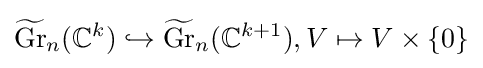
{\widetilde {\operatorname {Gr} }}_{n}(\mathbb {C} ^{k})\hookrightarrow {\widetilde {\operatorname {Gr} }}_{n}(\mathbb {C} ^{k+1}),V\mapsto V\times \{0\}